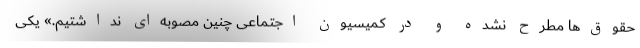
حقوق‌ها مطرح نشده و در کمیسیون اجتماعی چنین مصوبه‌ای نداشتیم.» یکی